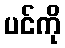
ပင်ကို